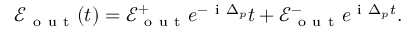
\mathcal { E } _ { \mathrm { ~ o ~ u ~ t ~ } } ( t ) = \mathcal { E } _ { \mathrm { ~ o ~ u ~ t ~ } } ^ { + } e ^ { - \mathrm { ~ i ~ } \Delta _ { p } } t + \mathcal { E } _ { \mathrm { ~ o ~ u ~ t ~ } } ^ { - } e ^ { \mathrm { ~ i ~ } \Delta _ { p } t } .